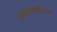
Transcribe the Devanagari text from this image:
एक्सेप्शनलिज्म